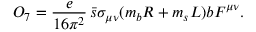
{ \cal O } _ { 7 } = \frac { e } { 1 6 \pi ^ { 2 } } \, \bar { s } \sigma _ { \mu \nu } ( m _ { b } R + m _ { s } L ) b F ^ { \mu \nu } .